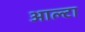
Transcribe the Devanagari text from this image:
आल्टा